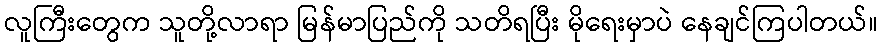
လူကြီးတွေက သူတို့လာရာ မြန်မာပြည်ကို သတိရပြီး မိုရေးမှာပဲ နေချင်ကြပါတယ်။